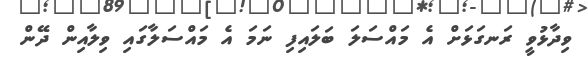
ވިދާޅުވީ ރަނގަޅަށް އެ މައްސަލަ ބަލައިފި ނަމަ އެ މައްސަލާގައި ވިލާއިން ދޭން